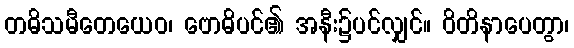
တဓိသမီတေယေဝ၊ ဗောဓိပင်၏ အနီး၌ပင်လျှင်။ ဝိတိနာပေတွာ၊